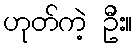
ဟုတ်ကဲ့ ဦး။